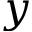
y